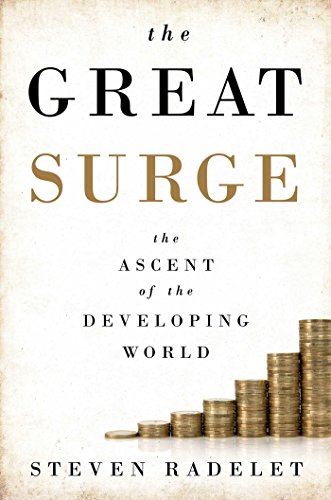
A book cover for The Great Surge: The Ascent of the Developing World; Steven Radelet; Business & Money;